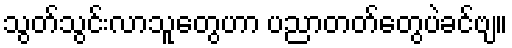
သွတ်သွင်းလာသူတွေဟာ ပညာတတ်တွေပဲခင်ဗျ။